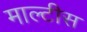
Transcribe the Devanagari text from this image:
माल्टीस